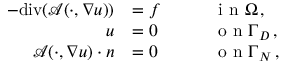
\begin{array} { r } { \begin{array} { r l r l } { - \mathrm { d i v } ( \boldsymbol { \mathcal { A } } ( \cdot , \nabla u ) ) } & { = f } & & { \quad \textup { i n } \Omega \, , } \\ { u } & { = 0 } & & { \quad \textup { o n } \Gamma _ { D } \, , } \\ { \boldsymbol { \mathcal { A } } ( \cdot , \nabla u ) \cdot n } & { = 0 } & & { \quad \textup { o n } \Gamma _ { N } \, , } \end{array} } \end{array}